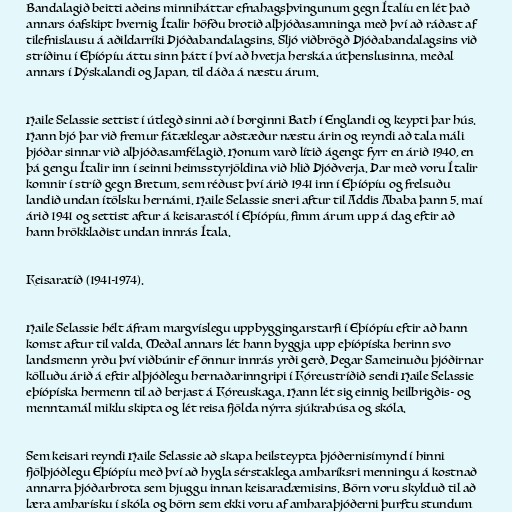
Bandalagið beitti aðeins minniháttar efnahagsþvingunum gegn Ítalíu en lét það
annars óafskipt hvernig Ítalir höfðu brotið alþjóðasamninga með því að ráðast af
tilefnislausu á aðildarríki Þjóðabandalagsins. Sljó viðbrögð Þjóðabandalagsins við
stríðinu í Eþíópíu áttu sinn þátt í því að hvetja herskáa útþenslusinna, meðal
annars í Þýskalandi og Japan, til dáða á næstu árum.

Haile Selassie settist í útlegð sinni að í borginni Bath í Englandi og keypti þar hús.
Hann bjó þar við fremur fátæklegar aðstæður næstu árin og reyndi að tala máli
þjóðar sinnar við alþjóðasamfélagið. Honum varð lítið ágengt fyrr en árið 1940, en
þá gengu Ítalir inn í seinni heimsstyrjöldina við hlið Þjóðverja. Þar með voru Ítalir
komnir í stríð gegn Bretum, sem réðust því árið 1941 inn í Eþíópíu og frelsuðu
landið undan ítölsku hernámi. Haile Selassie sneri aftur til Addis Ababa þann 5. maí
árið 1941 og settist aftur á keisarastól í Eþíópíu, fimm árum upp á dag eftir að
hann hrökklaðist undan innrás Ítala.

Keisaratíð (1941-1974).

Haile Selassie hélt áfram margvíslegu uppbyggingarstarfi í Eþíópíu eftir að hann
komst aftur til valda. Meðal annars lét hann byggja upp eþíópíska herinn svo
landsmenn yrðu því viðbúnir ef önnur innrás yrði gerð. Þegar Sameinuðu þjóðirnar
kölluðu árið á eftir alþjóðlegu hernaðarinngripi í Kóreustríðið sendi Haile Selassie
eþíópíska hermenn til að berjast á Kóreuskaga. Hann lét sig einnig heilbrigðis- og
menntamál miklu skipta og lét reisa fjölda nýrra sjúkrahúsa og skóla.

Sem keisari reyndi Haile Selassie að skapa heilsteypta þjóðernisímynd í hinni
fjölþjóðlegu Eþíópíu með því að hygla sérstaklega amharíksri menningu á kostnað
annarra þjóðarbrota sem bjuggu innan keisaradæmisins. Börn voru skylduð til að
læra amharísku í skóla og börn sem ekki voru af amharaþjóðerni þurftu stundum